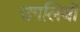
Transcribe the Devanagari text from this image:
उगलियॊं